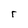
Character: r